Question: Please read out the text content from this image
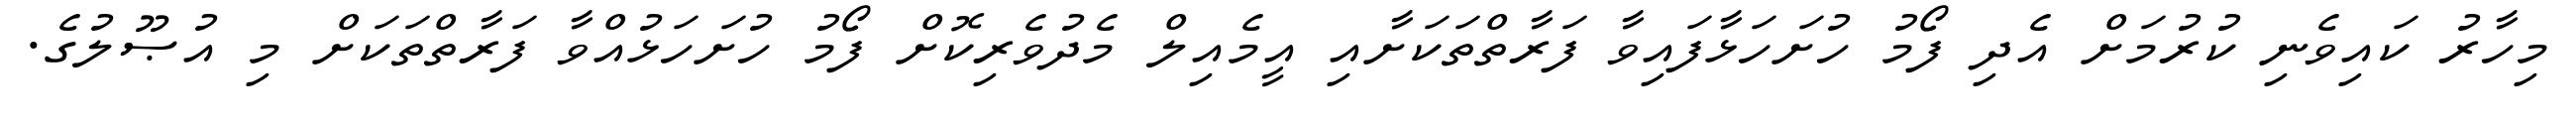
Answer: މިހާރު ކައިވެނި ކުރުމަށް އެދި ފޯމު ހުށަހަޅާފައިވާ ފަރާތްތަކަށާއި އީމެއިލް މެދުވެރިކޮށް ފޯމު ހުށަހަޅުއްވާ ފަރާތްތަކަށް މި އުޞޫލުގެ.